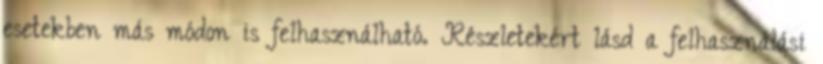
esetekben más módon is felhasználható. Részletekért lásd a felhasználási